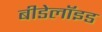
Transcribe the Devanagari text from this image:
बीडेलॉइड